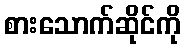
စားသောက်ဆိုင်ကို